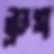
ব্রুশ